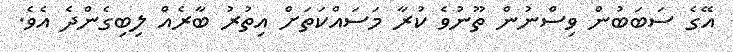
އޭގެ ސަބަބުން ވިސްނުން ތޫނުވެ ކުރާ މަސައްކަތަށް އިތުރު ބާރެއް ލިބިގެންދެ އެެވެ.